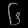
Digit: ၆